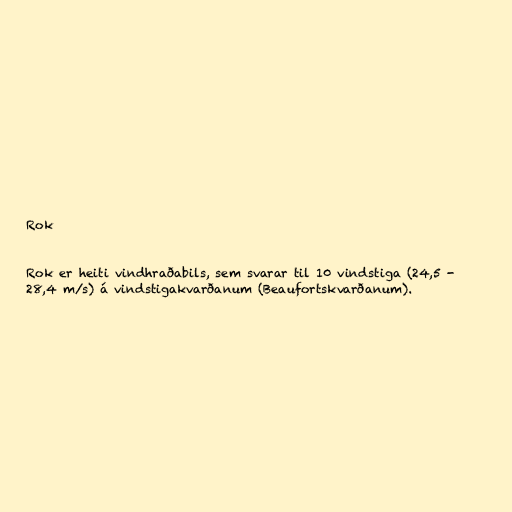
Rok

Rok er heiti vindhraðabils, sem svarar til 10 vindstiga (24,5 -
28,4 m/s) á vindstigakvarðanum (Beaufortskvarðanum).